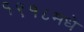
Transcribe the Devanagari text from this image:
१९१८मधे